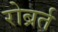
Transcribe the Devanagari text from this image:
रोब्रर्त